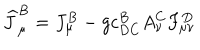
LaTeX: \widehat { J } _ { \mu } ^ { B } = J _ { \mu } ^ { B } - g c _ { D C } ^ { B } A _ { \nu } ^ { C } F _ { \mu \nu } ^ { D }